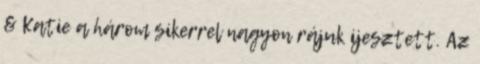
& Katie a három sikerrel nagyon rájuk ijesztett. Az